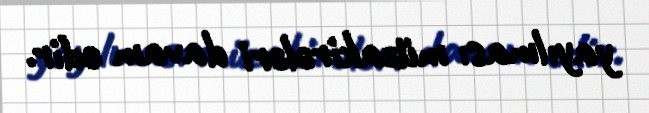
yayılması müzakirələri davam edir.